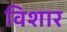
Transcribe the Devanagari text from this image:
विशार